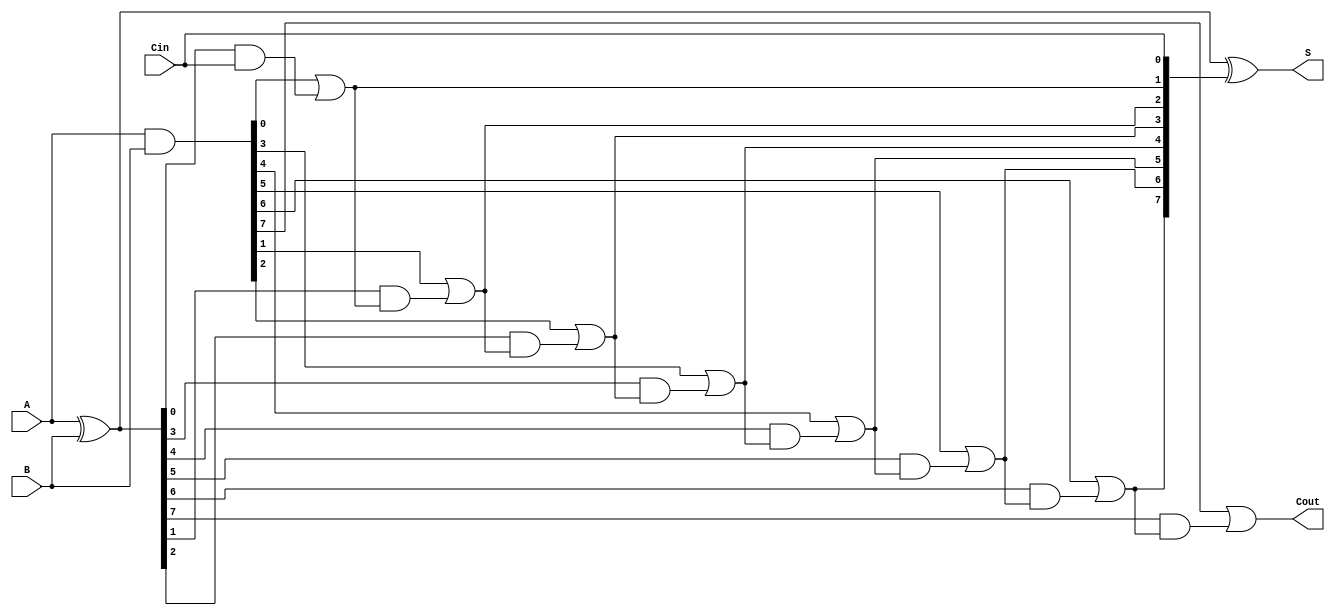
module BrentKungAdder #(parameter n = 8) (
    input [n-1:0] A,      // First n-bit input
    input [n-1:0] B,      // Second n-bit input
    input Cin,            // Carry-in
    output [n-1:0] S,     // n-bit sum output
    output Cout           // Carry-out
);

    // Generate and propagate signals
    wire [n-1:0] G; // Generate signals
    wire [n-1:0] P; // Propagate signals
    wire [n:0] C;    // Carry signals (C[0] = Cin)

    // Generate and propagate calculations
    assign G = A & B;           // Generate
    assign P = A ^ B;           // Propagate
    assign C[0] = Cin;          // Carry-in

    // Carry generation using Brent-Kung structure
    genvar i, j;
    generate
        // Level 1
        for (i = 0; i < n; i = i + 1) begin
            if (i == 0) begin
                assign C[i + 1] = G[i] | (P[i] & C[i]); // C1 = G0 + P0 * Cin
            end else begin
                assign C[i + 1] = G[i] | (P[i] & C[i]); // C(i+1) = Gi + Pi * Ci
            end
        end

        // Additional levels for carry generation
        for (j = 1; j < n; j = j + 1) begin : carry_levels
            for (i = 0; i < n - j; i = i + 1) begin
                assign C[i + j + 1] = G[i + j] | (P[i + j] & C[i + j]);
            end
        end
    endgenerate

    // Sum computation
    assign S = P ^ C[n-1:0]; // Sum = P ^ Carry

    // Final carry-out
    assign Cout = C[n];

endmodule